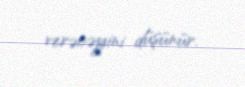
verəcəyini düşünür.